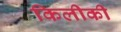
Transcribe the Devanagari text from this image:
किलीकी